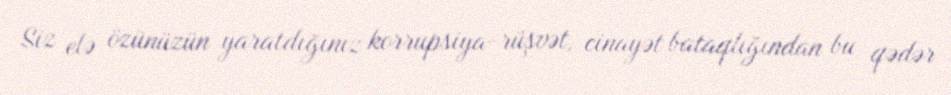
Siz elə özünüzün yaratdığınız korrupsiya-rüşvət, cinayət bataqlığından bu qədər